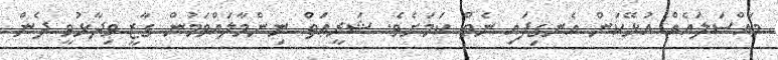
މައްސަލައެއް އުޅޭކަން އެނގިފައި ނެތް ކަމަށެވެ. ޝަރީޢަތް ނިންމާލައްވަމުން ގާޒީ ވިދާޅުވީ ދެން